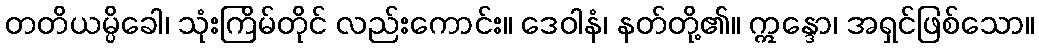
တတိယမ္ပိခေါ၊ သုံးကြိမ်တိုင် လည်းကောင်း။ ဒေဝါနံ၊ နတ်တို့၏။ ဣန္ဒော၊ အရှင်ဖြစ်သော။